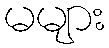
မများ